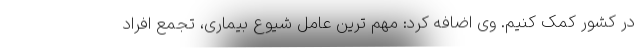
در کشور کمک کنیم. وی اضافه کرد: مهم ترین عامل شیوع بیماری، تجمع افراد